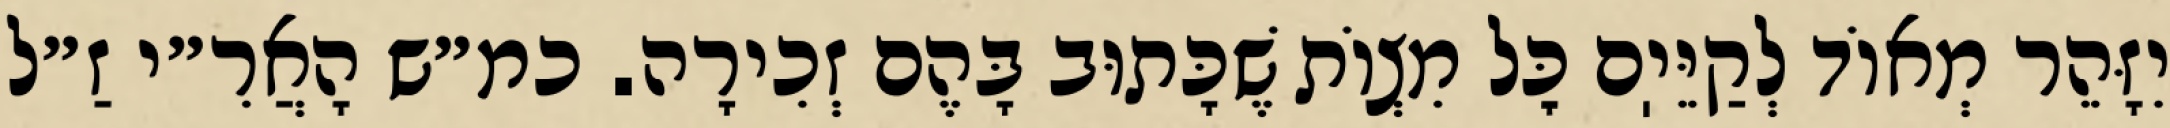
יִזָּהֵר מְאוֹד לְקַיֵּיֽם כׇּל מִצְוֹת שֶׁכָּתוּב בָּהֶם זְכִירָה. כמ״ש הָאֲרִ״י זַ״ל